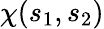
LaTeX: \chi(s_{1},s_{2})